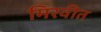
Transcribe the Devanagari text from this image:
मिरवीत